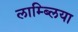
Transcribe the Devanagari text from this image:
लाम्ब्लिया